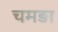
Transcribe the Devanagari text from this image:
चमङा